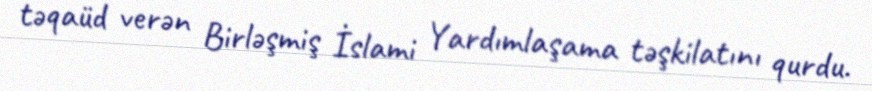
təqaüd verən Birləşmiş İslami Yardımlaşama təşkilatını qurdu.